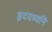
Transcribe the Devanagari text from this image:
हृदयध्वनि